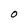
Character: O